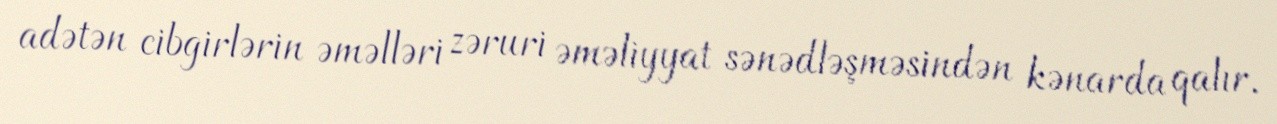
adətən cibgirlərin əməlləri zəruri əməliyyat sənədləşməsindən kənarda qalır.